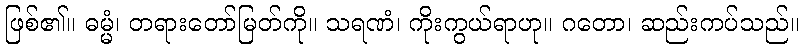
ဖြစ်၏။ ဓမ္မံ၊ တရားတော်မြတ်ကို။ သရဏံ၊ ကိုးကွယ်ရာဟု။ ဂတော၊ ဆည်းကပ်သည်။